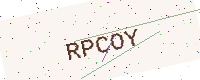
Text: RPCOY